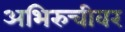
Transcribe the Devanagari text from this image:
अभिरुचीवर